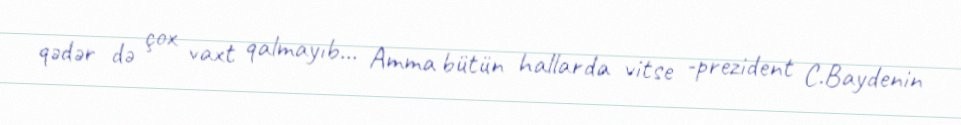
qədər də çox vaxt qalmayıb... Amma bütün hallarda vitse -prezident C.Baydenin